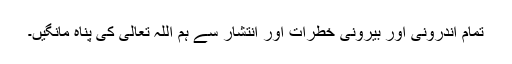
تمام اندرونی اور بیرونی خطرات اور انتشار سے ہم اللہ تعالیٰ کی پناہ مانگیں۔